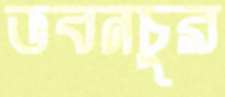
ভবনচুর